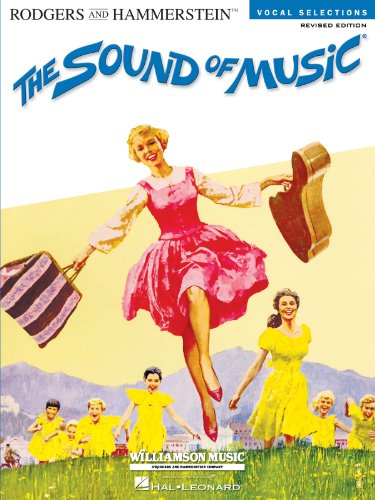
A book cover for The Sound of Music: Vocal Selections - Revised Edition (Rodgers and Hammerstein Vocal Selections); Humor & Entertainment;